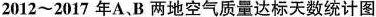
2012~2017年A、B两地空气质量达标天数统计图